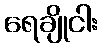
ရေချိုငါး